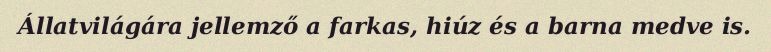
Állatvilágára jellemző a farkas, hiúz és a barna medve is.